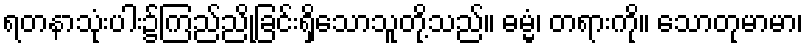
ရတနာသုံးပါး၌ကြည်ညိုခြင်းရှိသောသူတို့သည်။ ဓမ္မံ၊ တရားကို။ သောတုမာမာ၊